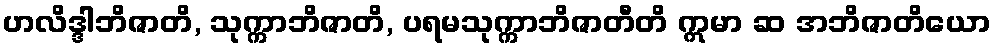
ဟလိဒ္ဒါဘိဇာတိ, သုက္ကာဘိဇာတိ, ပရမသုက္ကာဘိဇာတီတိ ဣမာ ဆ အဘိဇာတိယော